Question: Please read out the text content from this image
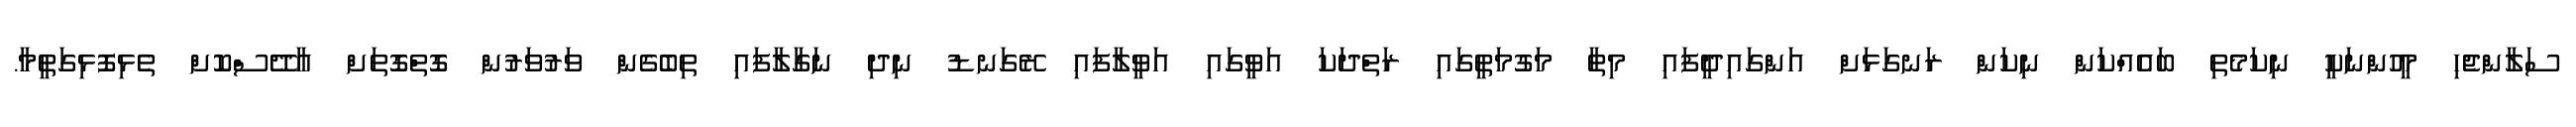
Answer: ސަލާންޖެހި މީހުންނަކީ ނިކަމެތި ބައެއްކަން ނިކަން ރަނގަޅަށް އަންގައިދީފައި މިތާ މަގުމަތީގައި ރަތްދަކަ އަވީގައި އަވީލާފައި ރޭގަނޑު ނިދި ނަގާލާފައި ތިބެގެން ވަރުވަރުން ގޮތްގޮތަށް އާދޭސްކޮށް ތެޅިފޮޅިގަތީމާ.